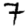
Digit: 7